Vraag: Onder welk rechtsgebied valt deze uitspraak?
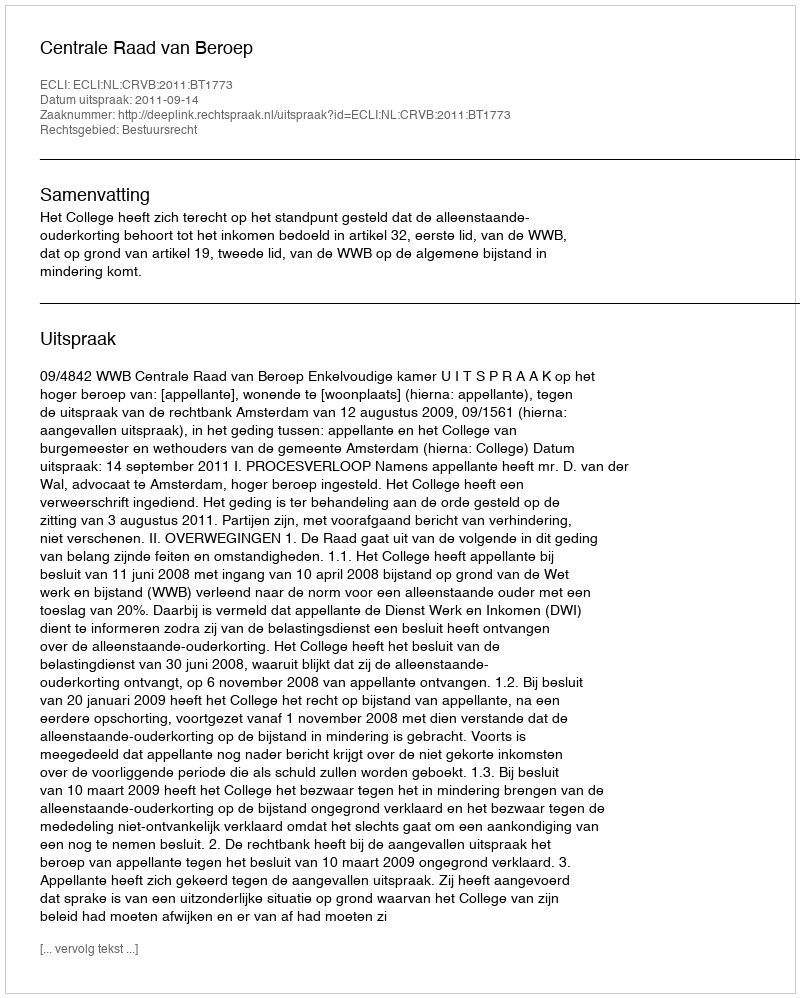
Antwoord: Bestuursrecht